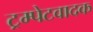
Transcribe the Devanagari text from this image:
ट्रम्पेटवादक